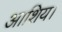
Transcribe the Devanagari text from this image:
आशिय।